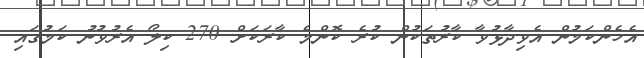
އެހެންކަމުން އެވިދާޅުވާ ކާރުތަކުން ކުރެ ކޮންމެ ކާރަކަށް 270 ކިލޯ އެރުވުނު ކަމުގައި